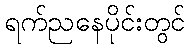
ရက်ညနေပိုင်းတွင်